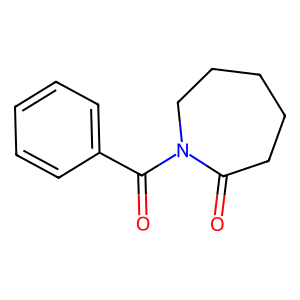
SMILES: O=C1CCCCCN1C(=O)c1ccccc1
Inhibits HIV replication: No